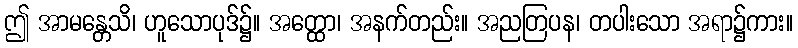
ဤ အာမန္တေသိ၊ ဟူသောပုဒ်၌။ အတ္ထော၊ အနက်တည်း။ အညတြပန၊ တပါးသော အရာ၌ကား။